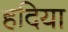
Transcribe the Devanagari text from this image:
हदिया